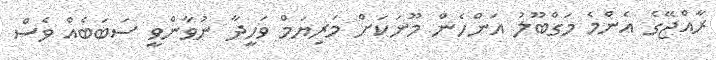
ރާއްޖޭގެ އެންމެ މަގްބޫލު އަންހެން މޫނަކަށް މަރިޔަމް ވަހީދާ ނުވާންވީ ސަބަބެއް ވެސް